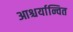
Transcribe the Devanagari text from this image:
आश्चर्यान्वित